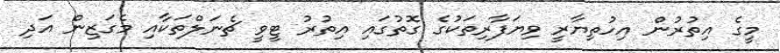
މީގެ އިތުރުން އިހުތިޔާރީ ވިޔަފާރިތަކުގެ ގޮތުގައި އިތުރު ޓީވީ ޗެނަލްތަކާއި މެގަޒިން އަދި